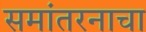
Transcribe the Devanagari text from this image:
समांतरनाचा